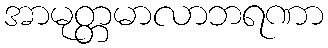
အာမုတ္တမာလာဘရဏာ